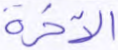
الآخرة